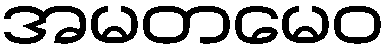
အမတမေဝ